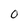
Character: O